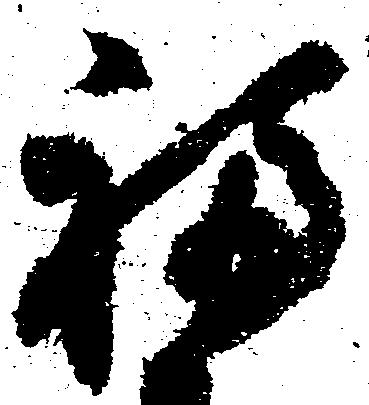
福